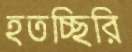
হতচ্ছিরি